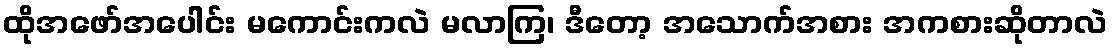
ထိုအဖော်အပေါင်း မကောင်းကလဲ မလာကြ၊ ဒီတော့ အသောက်အစား အကစားဆိုတာလဲ